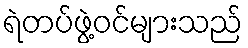
ရဲတပ်ဖွဲ့ဝင်များသည်